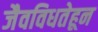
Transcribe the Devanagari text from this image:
जैवविधतेहून